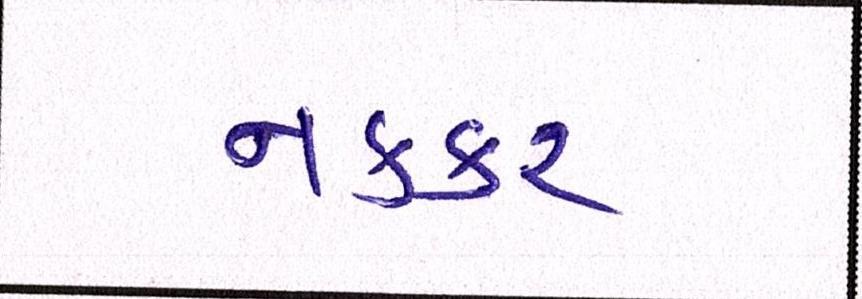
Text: નકકર